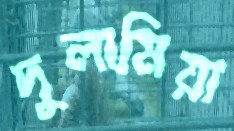
দুলামিয়া